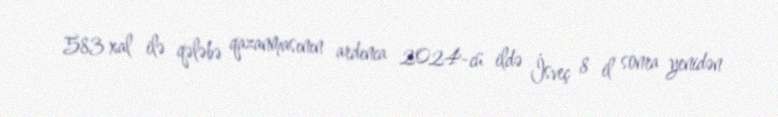
583 xal ilə qələbə qazanmasının ardınca 2024-cü ildə İsveç 8 il sonra yenidən